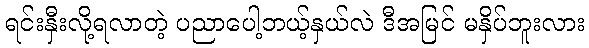
ရင်းနှီးလို့ရလာတဲ့ ပညာပေါ့ဘယ့်နှယ်လဲ ဒီအမြင် မနှိပ်ဘူးလား